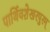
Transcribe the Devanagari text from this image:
पार्थिवशेखरपुरम्